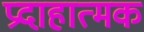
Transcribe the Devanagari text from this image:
प्रदाहात्मक